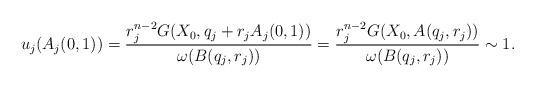
LaTeX: \begin{align*}u_j(A_j(0,1)) = \frac{r_j^{n-2} G(X_0, q_j+r_j A_j(0,1))}{\omega(B(q_j,r_j))} = \frac{r_j^{n-2} G(X_0, A(q_j,r_j))}{\omega(B(q_j,r_j))} \sim 1. \end{align*}